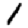
Digit: 1